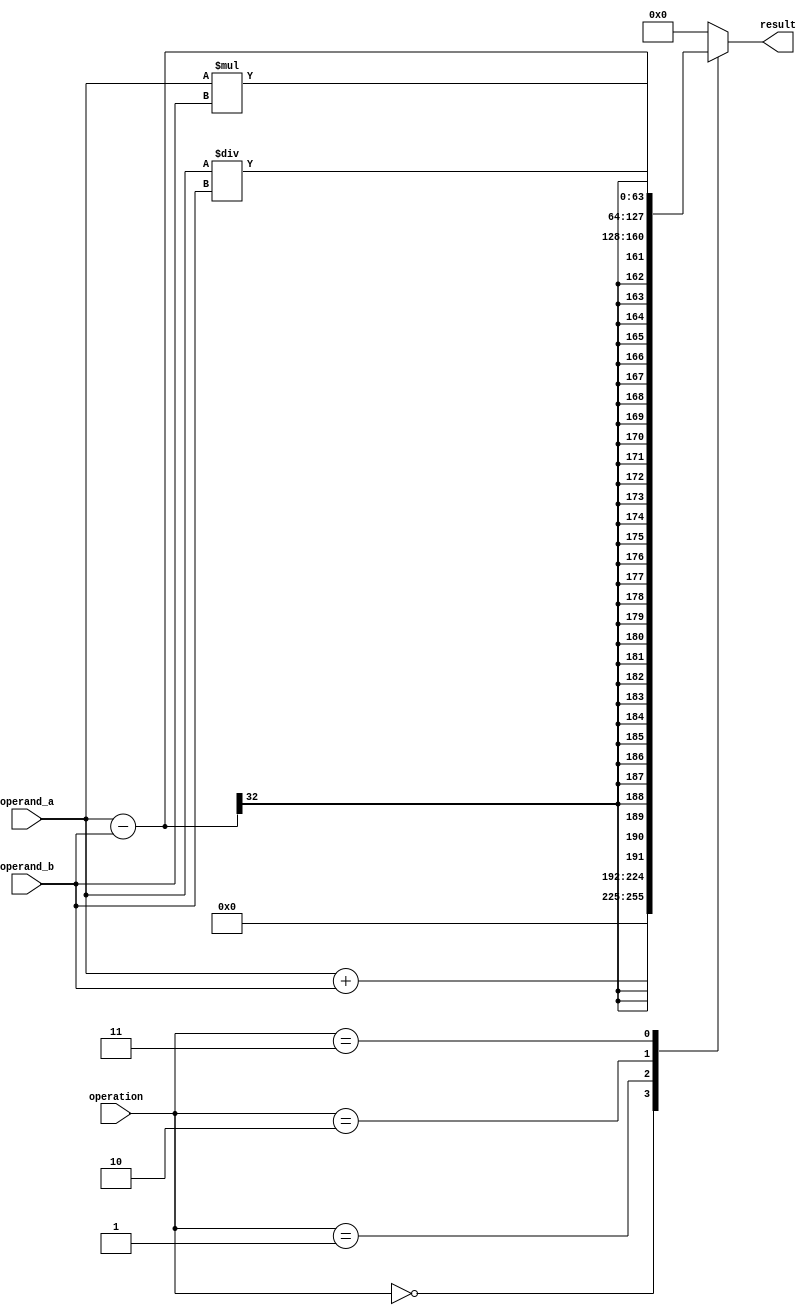
module ArbitraryPrecisionFloatingPointUnit (
    input wire [31:0] operand_a,
    input wire [31:0] operand_b,
    input wire [2:0] operation, // 0: addition, 1: subtraction, 2: multiplication, 3: division
    output reg [63:0] result
);

always @(*) begin
    case(operation)
        0:   result = operand_a + operand_b; // addition
        1:   result = operand_a - operand_b; // subtraction
        2:   result = operand_a * operand_b; // multiplication
        3:   result = operand_a / operand_b; // division
        default: result = 64'd0;
    endcase
end

endmodule